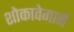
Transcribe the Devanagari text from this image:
शोकावेगाने